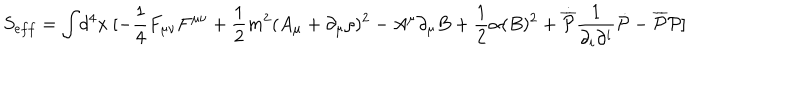
LaTeX: S _ { e f f } = \int \! d ^ { 4 } x ~ [ - \frac { 1 } { 4 } F _ { \mu \nu } F ^ { \mu \nu } + \frac { 1 } { 2 } m ^ { 2 } ( A _ { \mu } + \partial _ { \mu } \rho ) ^ { 2 } - A ^ { \mu } \partial _ { \mu } B + \frac { 1 } { 2 } \alpha ( B ) ^ { 2 } + \dot { { \overline { { { \cal P } } } } } \frac { 1 } { \partial _ { i } \partial ^ { i } } \dot { { \cal P } } - { \overline { { { \cal P } } } } { \cal P } ]